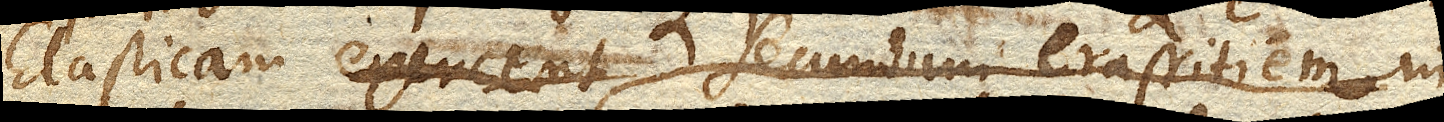
Elasticam exercent, secundum crassitiem in